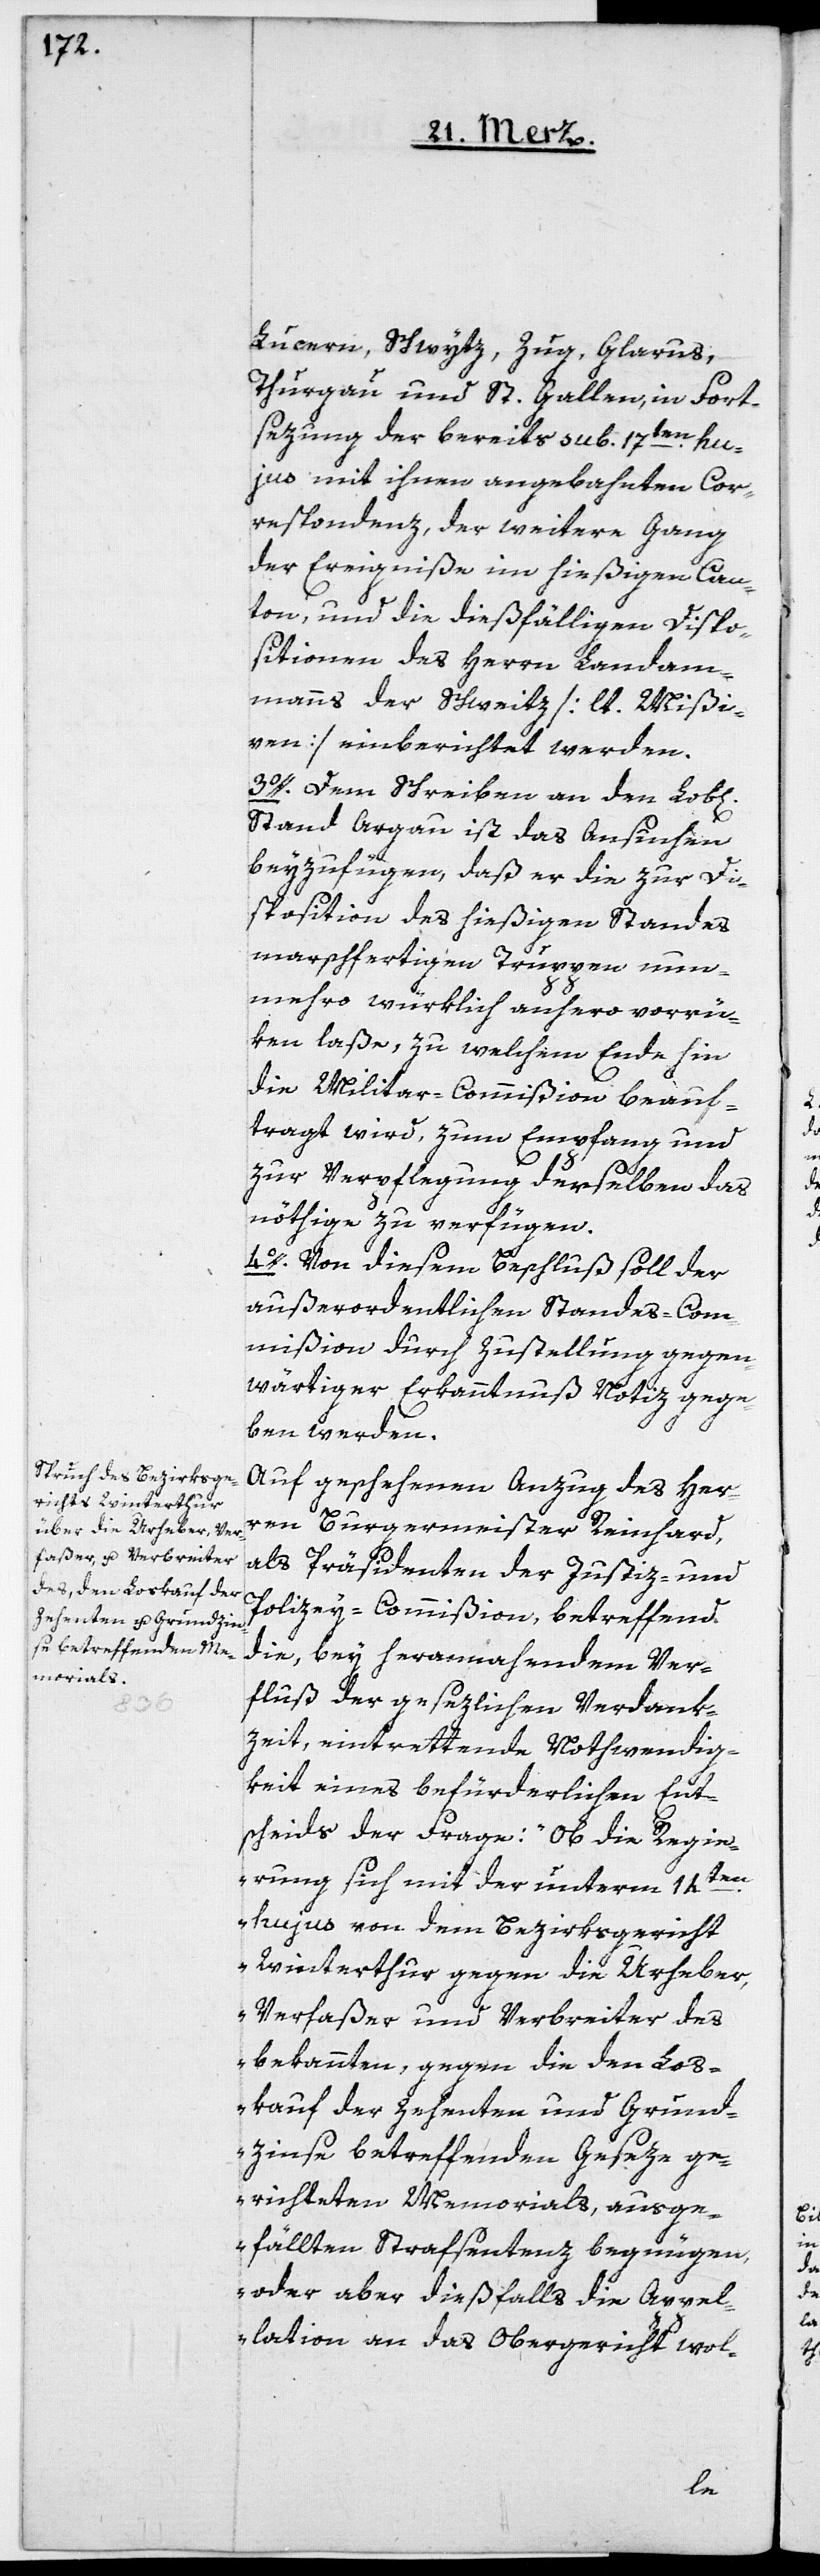
Lucern, Schwytz, Zug, Glarus,
Thurgau und St. Gallen, in Forst¬
sezung der bereits sub 17ten hu¬
jus mit ihnen angebahnten Cor¬
respondenz, der weitere Gang
der Ereigniße im hießigen Can¬
ton, und die dießfälligen Dispo¬
sitionen des Herrn Landam¬
manns der Schweitz [lt. Mißi¬
ven] einberichtet werden.
3o. Dem Schreiben an den Lob[li¬
Stand Argau ist das Ansuchen
beyzufügen, daß er die zur Di¬
sposition des hießigen Standes
marschfertigen Truppen nun¬
mehro würklich anhero vorrü¬
ken laße, zu welchem Ende hin
die Militar-Commißion beauf¬
tragt wird, zum Empfang und
zur Verpflegung derselben das
nöthige zu verfügen.
4o. Von diesem Beschluß soll der
außerordentlichen Standes-Com¬
mißion durch Zustellung gegen¬
wärtiger Erkanntnuß Notiz gege¬
ben werden.
Auf geschehenen Anzug des Her¬
ren Burgermeister Reinhard,
als Präsidenten der Justiz- und
Polizey-Commißion, betreffend
die, bey herannahendem Ver¬
fluß der gesezlichen Verdank¬
zeit, eintrettende Nothwendig¬
keit eines befürderlichen Ent¬
scheids der Frage: „Ob die Regie¬
chen]
rung sich mit der unterm 14ten
hujus von dem Bezirksgericht
Winterthur gegen die Urheber,
Verfaßer und Verbreiter des
bekannten, gegen die den Los¬
kauf der Zehenten und Grund¬
zinse betreffenden Geseze ge¬
richteten Memorials, ausge¬
fällten Strafsentenz begnügen,
oder aber dießfalls die Appel¬
lation an das Obergericht wol-